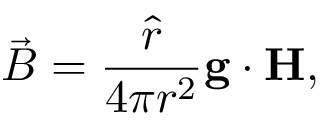
\vec { B } = { \frac { \hat { r } } { 4 \pi r ^ { 2 } } } { \bf g \cdot H } ,